Kohila_vallavalitsus, lk 64
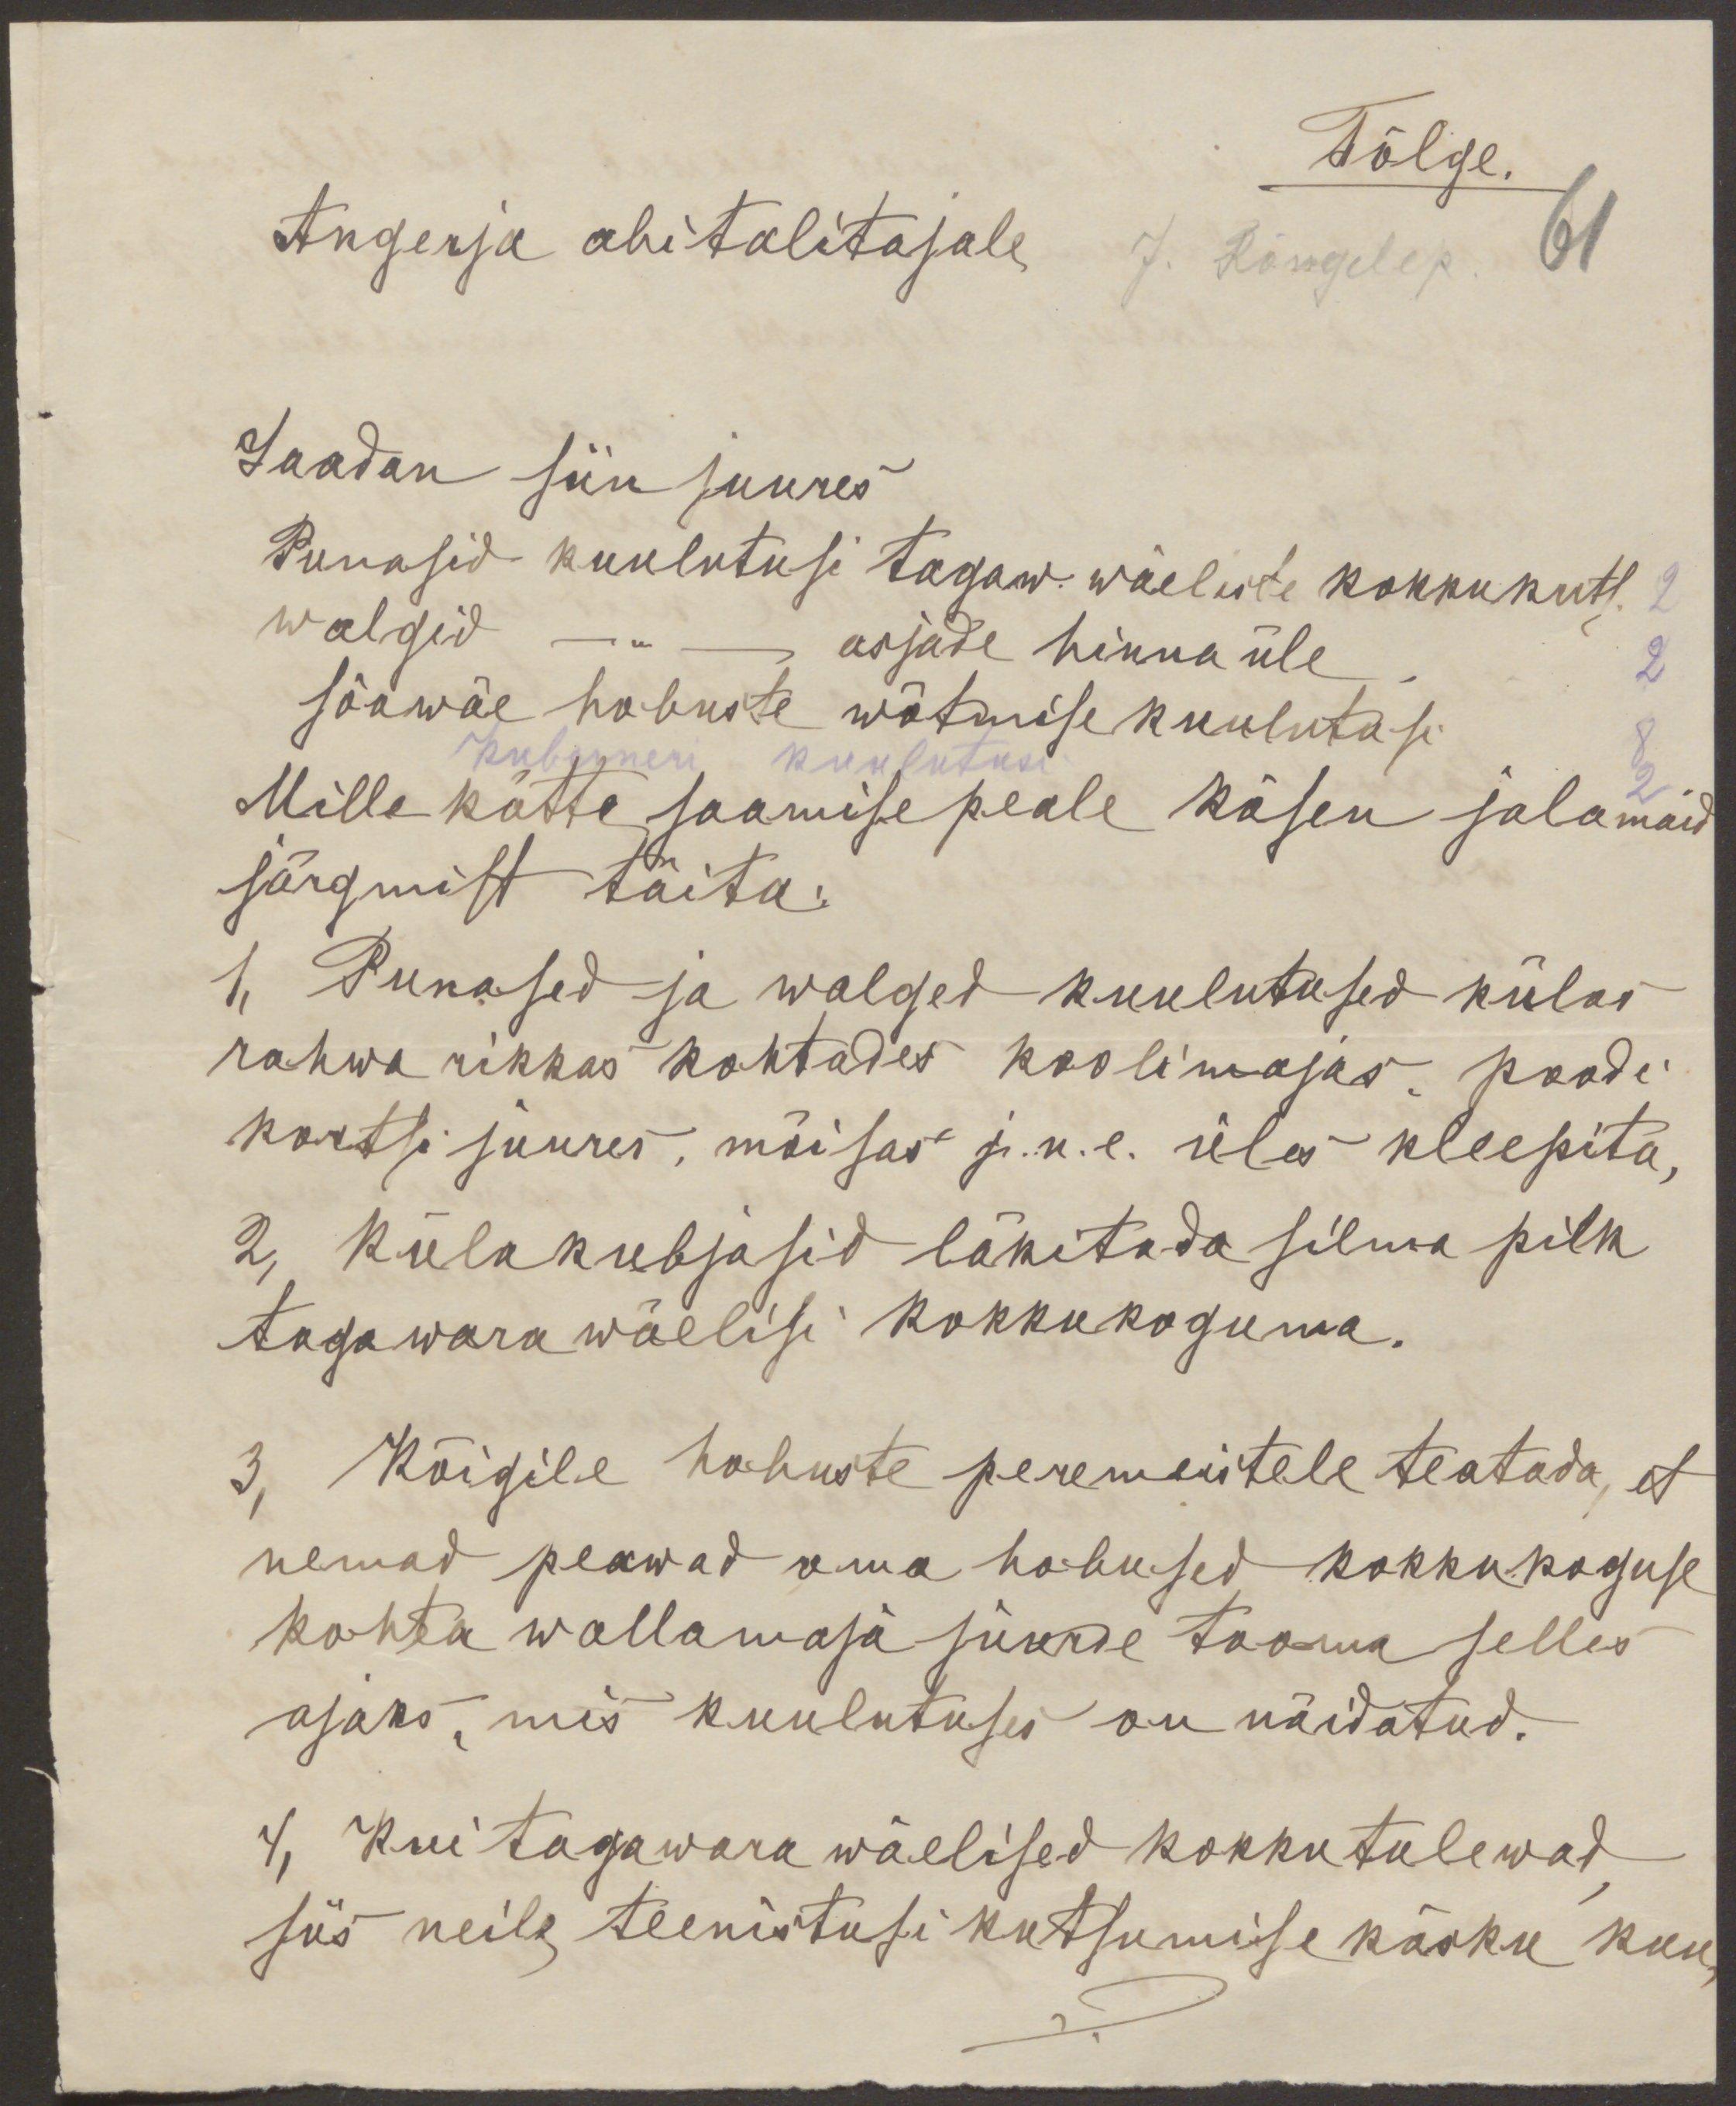
Tõlge.
Angerja abitalitajale
61
Saadan siinjuures
Punasid kuulutusi tagaw. wäeliste kokkukuts.
walgid - " - asjade hinna üle
sõawäe hobuste wõtmise kuulutusi
Kuberneri kuulutusi
Mille kätte saamisepeale käsen jalamaid
järgmist täita:
1, Punased ja walged kuulutused külas
rahwa rikkas kohtades koolimajas, poodi
kortsi juures, mõisas j.n.e. üles kleepita,
2, külakubjasid läkitada silma pilk
tagawara wäelisi kokkukoguma.
3, Kõigile hobuste peremeistele teatada, et
nemad peawad oma hobused kokkukoguse
kohta wallamaja juurde tooma selles
ajaks, mis kuulutuses on näidatud.
4, Kui tagawara wäelised kokkutulewad,
siis neile teenistusi kutsumise käsku kuu